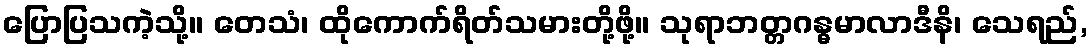
ပြောပြသကဲ့သို့။ တေသံ၊ ထိုကောက်ရိတ်သမားတို့ဖို့။ သုရာဘတ္တဂန္ဓမာလာဒီနိ၊ သေရည်,